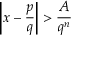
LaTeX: \left| x - { \frac { p } { q } } \right| > { \frac { A } { q ^ { n } } }